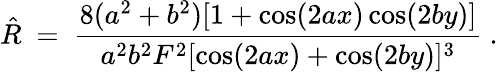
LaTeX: \hat{R}\ =\ \frac{8(a^{2}+b^{2})[1+\cos(2ax)\cos(2by)]}{a^{2}b^{2}F^{2}[\cos(2ax)+\cos(2by)]^{3}}~.